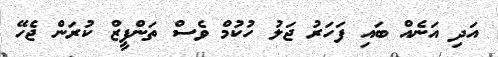
އަދި އަނެއް ބައި ފަހަރު ޖަލު ހުކުމް ވެސް ތަންފީޒް ކުރަން ޖެހޭ